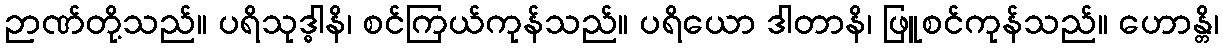
ဉာဏ်တို့သည်။ ပရိသုဒ္ဓါနိ၊ စင်ကြယ်ကုန်သည်။ ပရိယော ဒါတာနိ၊ ဖြူစင်ကုန်သည်။ ဟောန္တိ၊